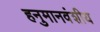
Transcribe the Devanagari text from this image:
हनुमानवंशीय